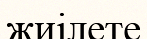
жиілете